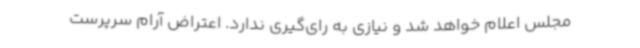
مجلس اعلام خواهد شد و نیازی به رای‌گیری ندارد. اعتراض آرام سرپرست